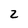
Character: 2